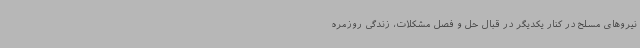
نیروهای مسلح در کنار یکدیگر در قبال حل و فصل مشکلات، زندگی روزمره